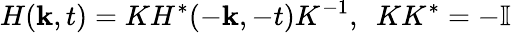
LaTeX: H({\mathbf k},t)=KH^{*}(-{\mathbf k},-t)K^{-1},~~KK^{*}=-\mathbb{I}